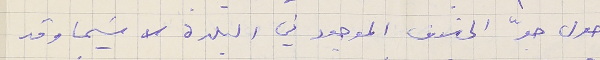
حول جوّ الخلاف الموجود في البلدة لا سَيما وقد